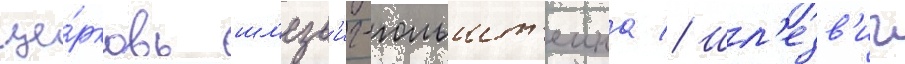
це́рковь шл'езв'иг-гольшт'еина // Шл'езв'иг